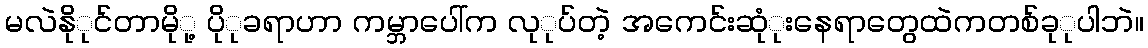
မလဲနိုုင်တာမိုု့ ပိုုခရာဟာ ကမ္ဘာပေါ်က လုုပ်တဲ့ အကေင်းဆုံုးနေရာတွေထဲကတစ်ခုုပါဘဲ။